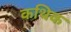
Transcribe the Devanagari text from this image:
कथिक